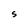
Character: S